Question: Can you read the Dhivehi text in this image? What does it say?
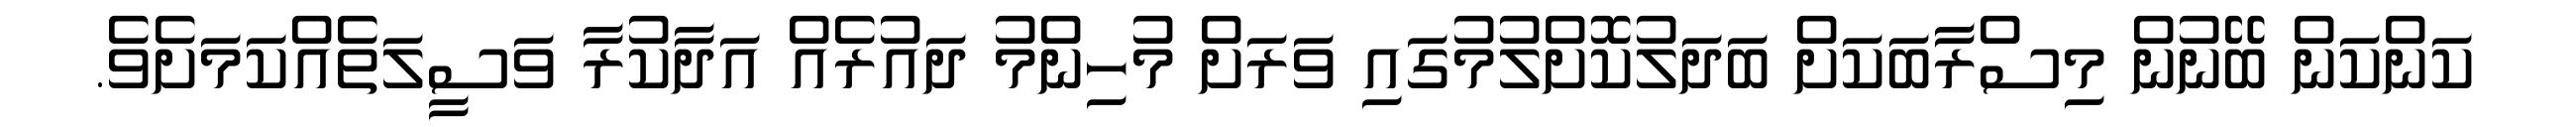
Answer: ކަންކަން ބޭނުން މިސްރާބަކަށް ބަދަލުކޮށްލުމުގައި ވަރަށް މުހިންމު ދައުރެއް އަދާކުރާ ވަސީލަތެއްކަމަށެވެ.